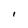
Character: I